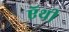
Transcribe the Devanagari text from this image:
ऍथी